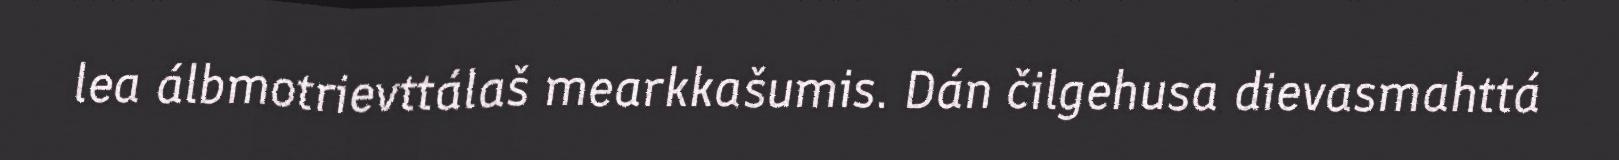
lea álbmotrievttálaš mearkkašumis. Dán čilgehusa dievasmahttá